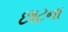
છાટના